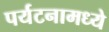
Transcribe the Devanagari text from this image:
पर्यटनामध्ये